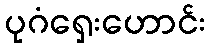
ပုဂံရှေးဟောင်း